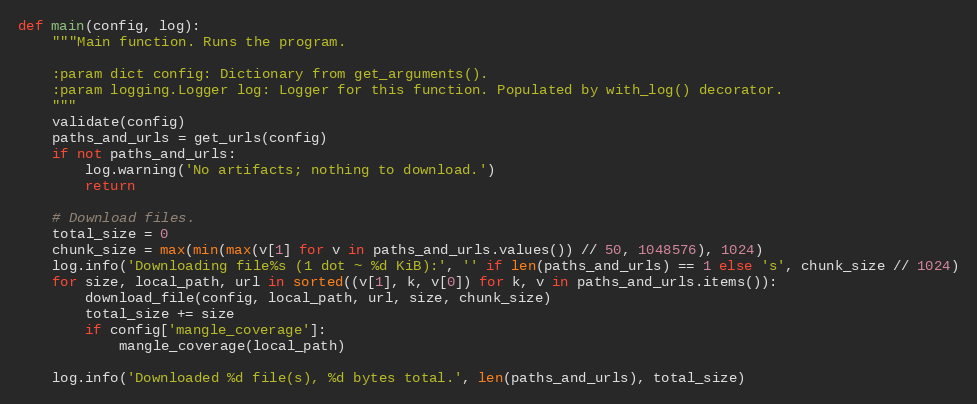
Language: Python
def main(config, log):
    """Main function. Runs the program.

    :param dict config: Dictionary from get_arguments().
    :param logging.Logger log: Logger for this function. Populated by with_log() decorator.
    """
    validate(config)
    paths_and_urls = get_urls(config)
    if not paths_and_urls:
        log.warning('No artifacts; nothing to download.')
        return

    # Download files.
    total_size = 0
    chunk_size = max(min(max(v[1] for v in paths_and_urls.values()) // 50, 1048576), 1024)
    log.info('Downloading file%s (1 dot ~ %d KiB):', '' if len(paths_and_urls) == 1 else 's', chunk_size // 1024)
    for size, local_path, url in sorted((v[1], k, v[0]) for k, v in paths_and_urls.items()):
        download_file(config, local_path, url, size, chunk_size)
        total_size += size
        if config['mangle_coverage']:
            mangle_coverage(local_path)

    log.info('Downloaded %d file(s), %d bytes total.', len(paths_and_urls), total_size)